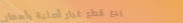
بيع قطع غيار أصلية بأسعار